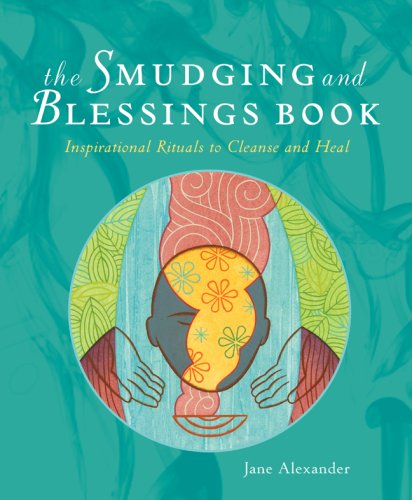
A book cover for The Smudging and Blessings Book: Inspirational Rituals to Cleanse and Heal; Jane Alexander; Religion & Spirituality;